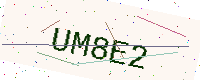
Text: UM8E2